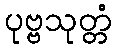
ပုဗ္ဗသုတ္တံ